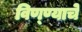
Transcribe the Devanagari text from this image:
विण्ण्याचे